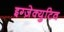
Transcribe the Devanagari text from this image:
इग्ज़ेक्युटिव